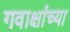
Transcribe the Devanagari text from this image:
गवाक्षांच्या